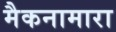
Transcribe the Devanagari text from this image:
मैकनामारा